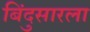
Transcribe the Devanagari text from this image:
बिंदुसारला